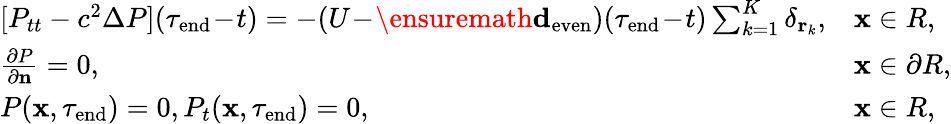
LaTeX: \begin{array}{r}{\begin{array}{ll}{[P_{tt}-c^{2}\Delta P](\tau_{\mathrm{end}}\! -\! t)=-(U\! -\! \ensuremath{\mathbf d_{\mathrm{even}}})(\tau_{\mathrm{end}}\! -\! t)\sum_{k=1}^{K}\delta_{\mathbf r_{k}},}&{\mathbf x\in R,}\\ {{\frac{\partial P}{\partial\mathbf n}}=0,}&{\mathbf x\in\partial R,}\\ {P(\mathbf x,\tau_{\mathrm{end}})=0,P_{t}(\mathbf x,\tau_{\mathrm{end}})=0,}&{\mathbf x\in R,}\end{array}}\end{array}